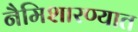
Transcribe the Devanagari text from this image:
नैमिशारण्यात